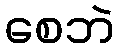
စေဘဲ